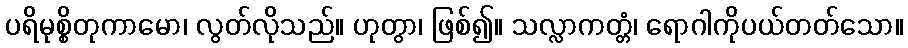
ပရိမုစ္စိတုကာမော၊ လွတ်လိုသည်။ ဟုတွာ၊ ဖြစ်၍။ သလ္လာကတ္တံ၊ ရောဂါကိုပယ်တတ်သော။